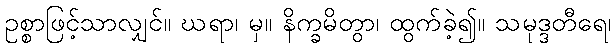
ဥစ္စာဖြင့်သာလျှင်။ ဃရာ၊ မှ။ နိက္ခမိတွာ၊ ထွက်ခဲ့၍။ သမုဒ္ဒတီရေ၊